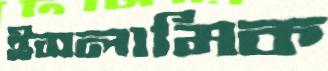
ইসলামিক